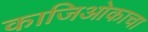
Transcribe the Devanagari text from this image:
काजिओकाचा